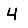
Digit: 4